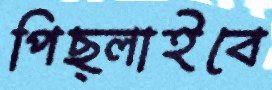
পিছ্‌লাইবে